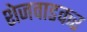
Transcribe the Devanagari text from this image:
शेजवाडकर